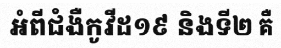
អំពីជំងឺកូវីដ១៩ និងទី២ គឺ